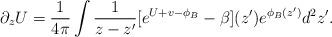
LaTeX: \begin{align*}\partial_z U = \frac{1}{4 \pi}\int \frac{1}{z-z'}[e^{U+v-\phi_B}-\beta](z')e^{\phi_B(z')} d^2 z'.\end{align*}